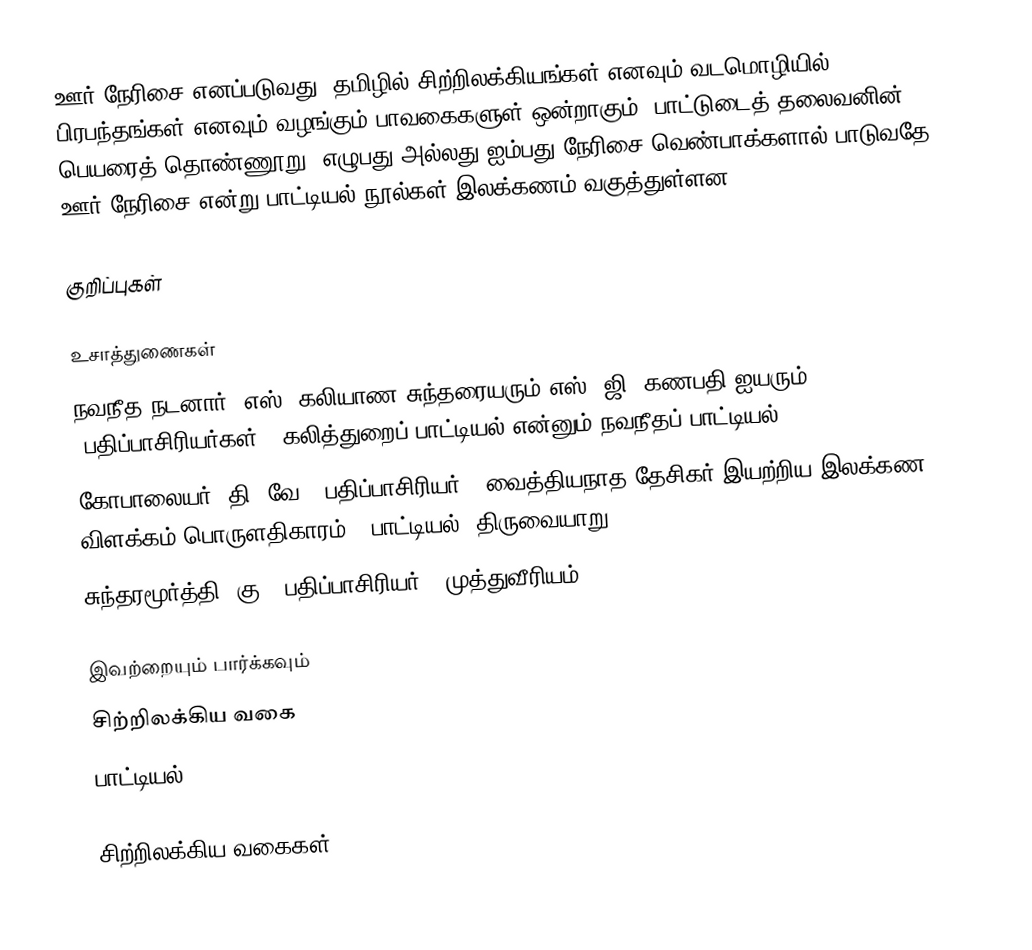
ஊர் நேரிசை எனப்படுவது, தமிழில் சிற்றிலக்கியங்கள் எனவும் வடமொழியில் பிரபந்தங்கள் எனவும் வழங்கும் பாவகைகளுள் ஒன்றாகும்.  பாட்டுடைத் தலைவனின் பெயரைத் தொண்ணூறு, எழுபது அல்லது ஐம்பது நேரிசை வெண்பாக்களால் பாடுவதே ஊர் நேரிசை என்று பாட்டியல் நூல்கள் இலக்கணம் வகுத்துள்ளன.

குறிப்புகள்

உசாத்துணைகள்
 நவநீத நடனார், எஸ். கலியாண சுந்தரையரும் எஸ், ஜி. கணபதி ஐயரும் (பதிப்பாசிரியர்கள்), கலித்துறைப் பாட்டியல் என்னும் நவநீதப் பாட்டியல்
 கோபாலையர், தி. வே. (பதிப்பாசிரியர்), வைத்தியநாத தேசிகர் இயற்றிய இலக்கண விளக்கம் பொருளதிகாரம் - பாட்டியல், திருவையாறு.
 சுந்தரமூர்த்தி, கு. (பதிப்பாசிரியர்), முத்துவீரியம்

இவற்றையும் பார்க்கவும்
 சிற்றிலக்கிய வகை
 பாட்டியல்

சிற்றிலக்கிய வகைகள்